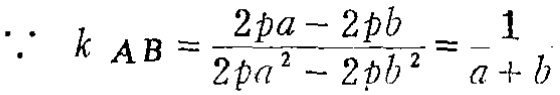
\(\because\ k_{AB}=\frac{2pa - 2pb}{2pa^{2}-2pb^{2}}=\frac{1}{a + b}\)